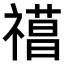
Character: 𥛼